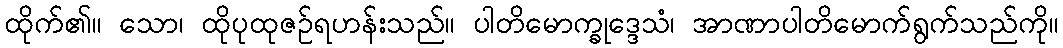
ထိုက်၏။ သော၊ ထိုပုထုဇဉ်ရဟန်းသည်။ ပါတိမောက္ခုဒ္ဒေသံ၊ အာဏာပါတိမောက်ရွက်သည်ကို။